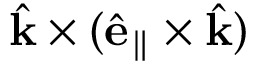
\hat { \mathbf { k } } \times ( \hat { \mathbf { e } } _ { \parallel } \times \hat { \mathbf { k } } )